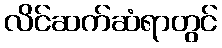
လိင်ဆက်ဆံရာတွင်